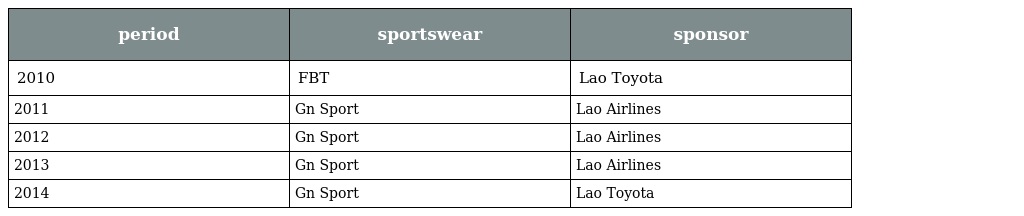
| period | sportswear | sponsor |
 | --- | --- | --- |
 | 2010 | FBT | Lao Toyota |
 | 2011 | Gn Sport | Lao Airlines |
 | 2012 | Gn Sport | Lao Airlines |
 | 2013 | Gn Sport | Lao Airlines |
 | 2014 | Gn Sport | Lao Toyota |